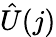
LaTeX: \hat{U}(j)